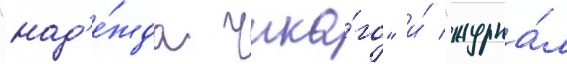
"над'е́жда чика́го" и́ "журна́л